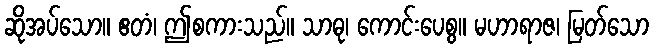
ဆိုအပ်သော။ ဧတံ၊ ဤစကားသည်။ သာဓု၊ ကောင်းပေစွ။ မဟာရာဇ၊ မြတ်သော